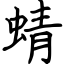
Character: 蜻